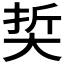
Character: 𡘭